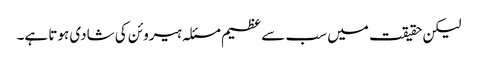
لیکن حقیقت میں سب سے عظیم مسئلہ ہیروئن کی شادی ہوتا ہے۔